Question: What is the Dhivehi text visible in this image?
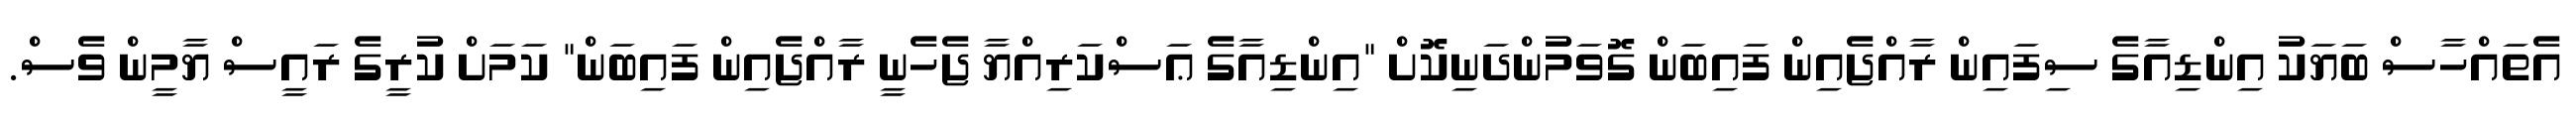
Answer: އެތައްހާސް ބަޔަކު އިންޑިއާގެ ސިފައިން ރާއްޖެއިން ފައިބަން ގޮވަމުންދަނިކޮށް "އިންޑިއާގެ ޢަސްކަރިއްޔާ ޖެހެނީ ރާއްޖެއިން ފައިބަން" ކަމަށް ކުރީގެ ރައީސް ޔާމީން ވެސް.